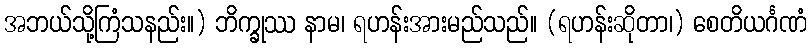
အဘယ်သို့ကြံသနည်း။) ဘိက္ခုဿ နာမ၊ ရဟန်းအားမည်သည်။ (ရဟန်းဆိုတာ၊) စေတိယင်္ဂဏံ